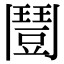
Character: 𩰒